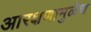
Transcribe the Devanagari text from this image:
आरक्षणामुळेच